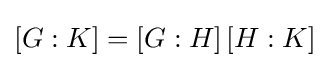
[G:K]=[G:H]\,[H:K]